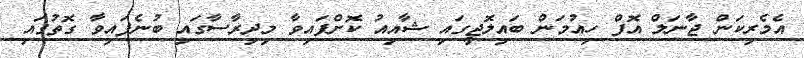
އެމެރިކަން ޖާނަލް އޮފް ހިއުމަން ބައިލޮޖީގައި ޝާއިއު ކޮށްފައިވާ މިދިރާސާގައި ބުނެފައިވާ ގޮތުގައި